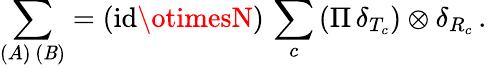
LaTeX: \sum_{(A)\, (\mathit{B})}=(\mathrm{{id}}\otimesN)\, \sum_{c}\, (\Pi\, \delta_{T_{c}})\otimes\delta_{R_{c}}\, .